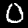
Digit: 0